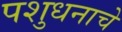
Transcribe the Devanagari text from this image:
पशुधनाचे